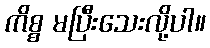
ကိစ္စ မပြီးသေးလို့ပါ။